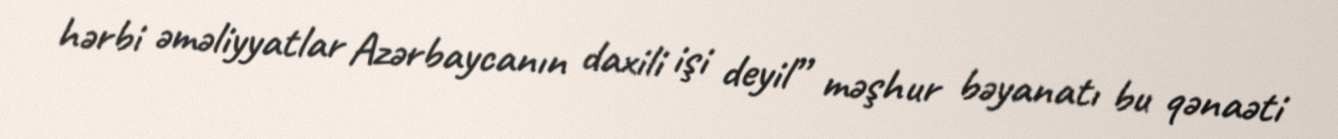
hərbi əməliyyatlar Azərbaycanın daxili işi deyil” məşhur bəyanatı bu qənaəti